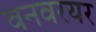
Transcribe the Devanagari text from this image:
वनवरयर